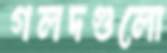
গলদগুলো